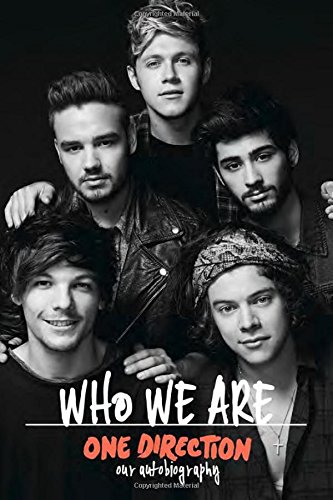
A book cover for One Direction: Who We Are: Our Official Autobiography; One Direction; Biographies & Memoirs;